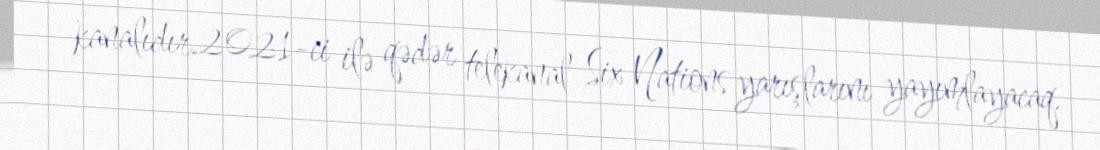
kanalıdır.2021-ci ilə qədər telekanal Six Nations yarışlarını yayımlayacaq.